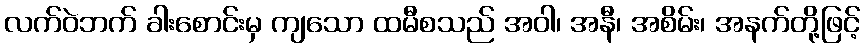
လက်ဝဲဘက် ခါးစောင်းမှ ကျသော ထမီစသည် အဝါ၊ အနီ၊ အစိမ်း၊ အနက်တို့ဖြင့်